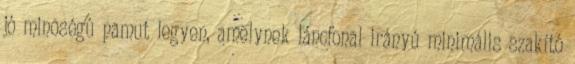
jó minõségû pamut legyen, amelynek láncfonal irányú minimális szakító